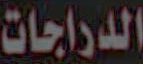
الدراجات